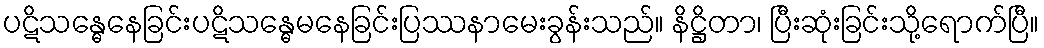
ပဋိသန္ဓေနေခြင်းပဋိသန္ဓေမနေခြင်းပြဿနာမေးခွန်းသည်။ နိဋ္ဌိတာ၊ ပြီးဆုံးခြင်းသို့ရောက်ပြီ။